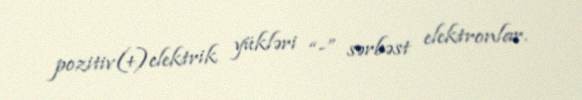
pozitiv(+)elektrik yükləri “-” sərbəst elektronlar.